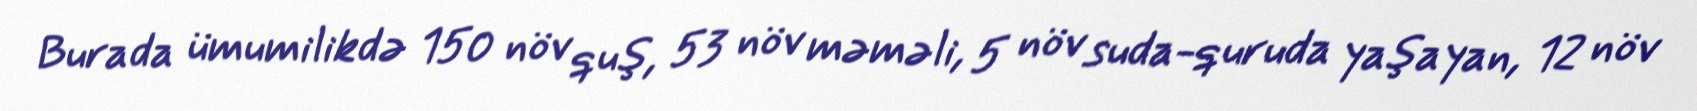
Burada ümumilikdə 150 növ quş, 53 növ məməli, 5 növ suda-quruda yaşayan, 12 növ